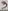
Text: 3